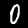
Label: 0